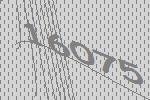
16075